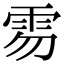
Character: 𩂂